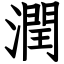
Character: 潤